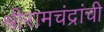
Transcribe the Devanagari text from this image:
श्रीरामचंद्रांची